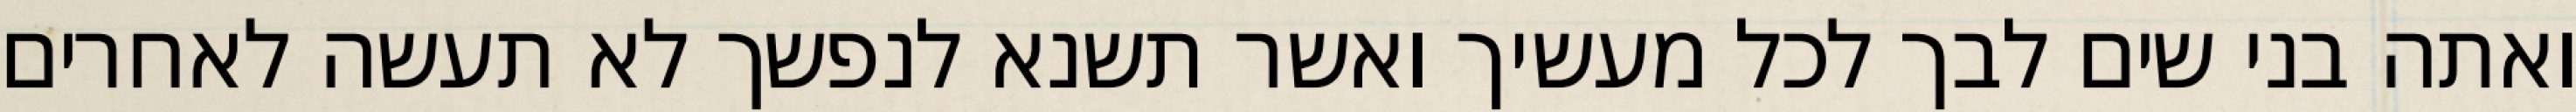
ואתה בני שים לבך לכל מעשיך ואשר תשנא לנפשך לא תעשה לאחרים